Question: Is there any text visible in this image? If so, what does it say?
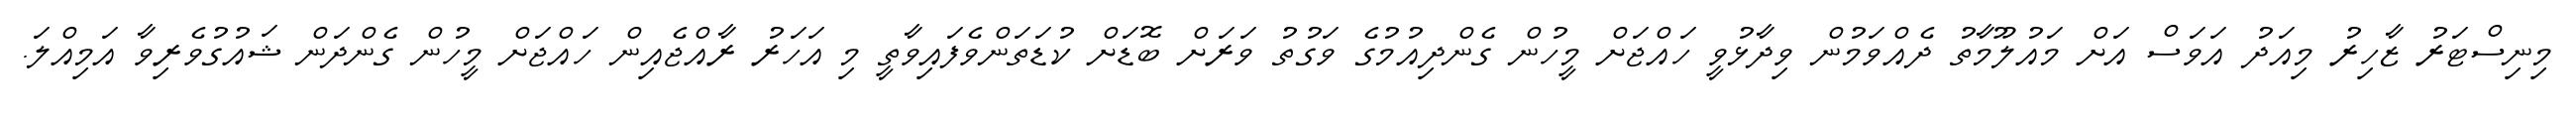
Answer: މިނިސްޓަރު ޒާހިރު މިއަދު އަވަސް އަށް މައުލޫމާތު ދެއްވަމުން ވިދާޅުވީ ހައްޖަށް މީހުން ގެންދިއުމުގެ ވަގުތު ވަރަށް ބޮޑަށް ކުޑަތަންވެފައިވާތީ މި އަހަރު ރާއްޖެއިން ހައްޖަށް މީހުން ގެންދަން ޝައުގުވެރިވާ އަމިއްލަ.